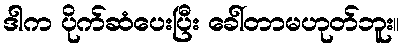
ဒါက ပိုက်ဆံပေးပြီး ခေါ်တာမဟုတ်ဘူး။